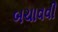
બચાવવી